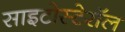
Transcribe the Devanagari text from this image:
साइटोस्टेरॉल